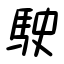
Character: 駛